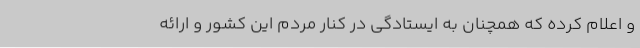
و اعلام کرده که همچنان به ایستادگی در کنار مردم این کشور و ارائه